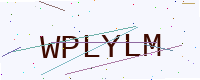
Text: WPLYLM